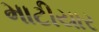
માટીયાર